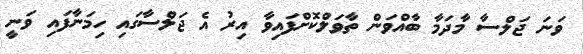
ވަނަ ޖަލްސާ މާދަމާ ބާއްވަން ތާވަލްކޮށްފައިވާ އިރު އެ ޖަލްސާގައި ހިމަނާފައި ވަނީ